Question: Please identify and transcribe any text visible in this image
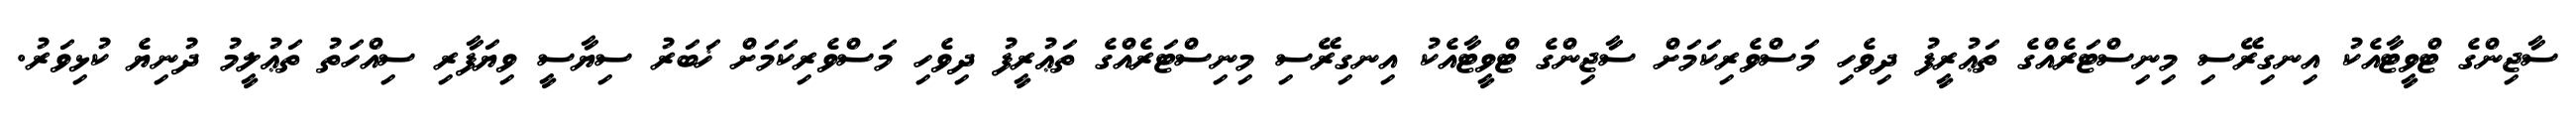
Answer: ސާޖިންގެ ޓްވީޓާއެކު އިނގިރޭސި މިނިސްޓަރެއްގެ ތަޢުރީފު ދިވެހި މަސްވެރިކަމަށް ސާޖިންގެ ޓްވީޓާއެކު އިނގިރޭސި މިނިސްޓަރެއްގެ ތަޢުރީފު ދިވެހި މަސްވެރިކަމަށް ޚަބަރު ސިޔާސީ ވިޔަފާރި ސިއްހަތު ތަޢުލީމު ދުނިޔެ ކުޅިވަރު.